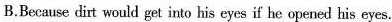
B.Becase cit wculd gt into his eyes if he opened his ees.